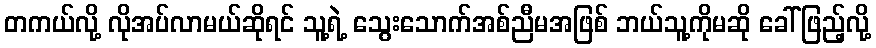
တကယ်လို့ လိုအပ်လာမယ်ဆိုရင် သူ့ရဲ့ သွေးသောက်အစ်ညီမအဖြစ် ဘယ်သူ့ကိုမဆို ခေါ်ဖြည့်လို့